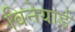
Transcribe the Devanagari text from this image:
विनेयार्ड